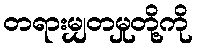
တရားမျှတမှုတို့ကို